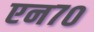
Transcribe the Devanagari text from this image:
एन७०